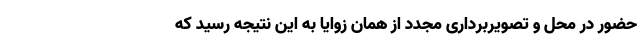
حضور در محل و تصویربرداری مجدد از همان زوایا به این نتیجه رسید که